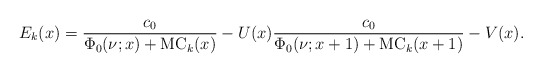
\begin{align*}E_k(x)=\frac{c_0}{\Phi_0(\nu;x)+\mathrm{MC}_k(x)}-U(x)\frac{c_0}{\Phi_0(\nu;x+1)+\mathrm{MC}_k(x+1)}-V(x).\end{align*}